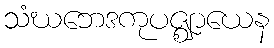
သံဃဘေဒကုပဇ္ဈာယေန